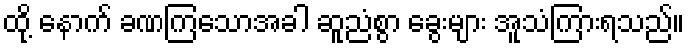
ထို့ နောက် ခဏကြသောအခါ ဆူညံစွာ ခွေးများ အူသံကြားရသည်။